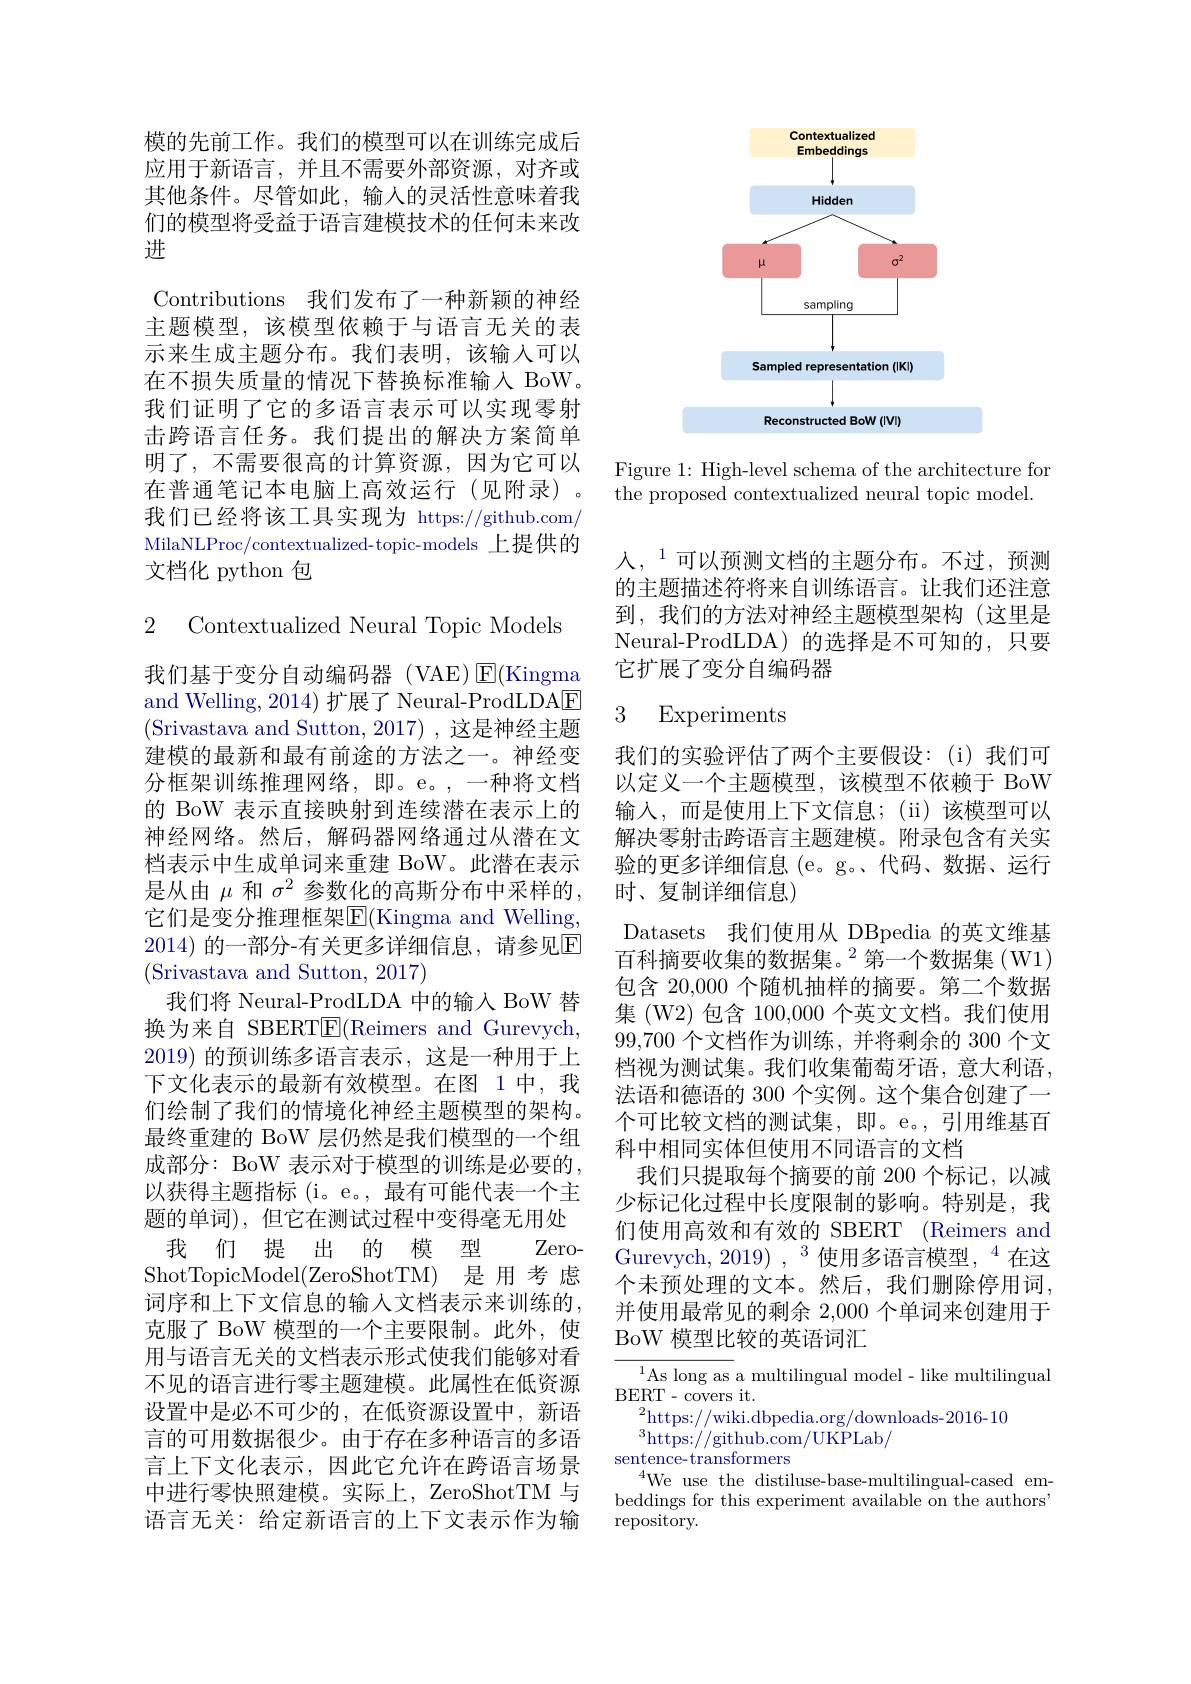
模的先前工作。我们的模型可以在训练完成后应用于新语言，并且不需要外部资源，对齐或其他条件。尽管如此，输入的灵活性意味着我们的模型将受益于语言建模技术的任何未来改进
Contributions 我们发布了一种新颖的神经主题模型，该模型依赖于与语言无关的表示来生成主题分布。我们表明，该输入可以在不损失质量的情况下替换标准输入 BoW。我们证明了它的多语言表示可以实现零射击跨语言任务。我们提出的解决方案简单明了，不需要很高的计算资源，因为它可以在普通笔记本电脑上高效运行(见附录)。我们已经将该工具实现为 https://github.com/ MilaNLProc/contextualized-topic-models 上提供的文档化 python 包

2 Contextualized Neural Topic Models

我们基于变分自动编码器(VAE)$\operatorname{E}($Kingma and Welling, 2014) 扩展了 Neural-ProdLDAE (Srivastava and Sutton, 2017) , 这是神经主题建模的最新和最有前途的方法之一。神经变分框架训练推理网络，即。e。,一种将文档的 BoW 表示直接映射到连续潜在表示上的神经网络。然后，解码器网络通过从潜在文档表示中生成单词来重建 BoW。此潜在表示是从由$\mu$和$\sigma^2$参数化的高斯分布中采样的， 它们是变分推理框架$\overline{\mathrm{E}}($Kingma and Welling, 2014) 的一部分-有关更多详细信息，请参见$\overline{\mathrm{E}}$ (Srivastava and Sutton, 2017)
我们将 Neural-ProdLDA 中的输入 BoW 替换为来自 SBERT$\underline{\mathrm{E}}($Reimers and Gurevych, 2019) 的预训练多语言表示，这是一种用于上下文化表示的最新有效模型。在图 1 中，我们绘制了我们的情境化神经主题模型的架构。最终重建的 BoW 层仍然是我们模型的一个组成部分：BoW 表示对于模型的训练是必要的， 以获得主题指标(i。e。,最有可能代表一个主题的单词),但它在测试过程中变得毫无用处我们提出的模型Zero-
ShotTopicModel(ZeroShotTM)是用考虑词序和上下文信息的输入文档表示来训练的， 克服了 BoW 模型的一个主要限制。此外，使用与语言无关的文档表示形式使我们能够对看不见的语言进行零主题建模。此属性在低资源设置中是必不可少的，在低资源设置中，新语言的可用数据很少。由于存在多种语言的多语言上下文化表示，因此它允许在跨语言场景中进行零快照建模。实际上，ZeroShotTM 与语言无关：给定新语言的上下文表示作为输

<FigureHere>

Figure 1: High-level schema of the architecture for the proposed contextualized neural topic model.

人，$^{1}$可以预测文档的主题分布。不过，预测的主题描述符将来自训练语言。让我们还注意到，我们的方法对神经主题模型架构(这里是Neural-ProdLDA)的选择是不可知的，只要它扩展了变分自编码器

### 3 Experiments

我们的实验评估了两个主要假设：(i)我们可以定义一个主题模型，该模型不依赖于 BoW 输入，而是使用上下文信息；(ii)该模型可以解决零射击跨语言主题建模。附录包含有关实验的更多详细信息 (e。g。代码、数据、运行时、复制详细信息)
Datasets 我们使用从 DBpedia 的英文维基百科摘要收集的数据集。$^2$第一个数据集(W1) 包含 20,000 个随机抽样的摘要。第二个数据集 (W2) 包含 100,000 个英文文档。我们使用99,700个文档作为训练，并将剩余的 300 个文档视为测试集。我们收集葡萄牙语，意大利语， 法语和德语的 300 个实例。这个集合创建了一个可比较文档的测试集，即。e。,引用维基百科中相同实体但使用不同语言的文档
我们只提取每个摘要的前 200 个标记，以减少标记化过程中长度限制的影响。特别是，我们使用高效和有效的 SBERT (Reimers and Gurevych, 2019), 3 使用多语言模型，$^{4}$在这个未预处理的文本。然后，我们删除停用词， 并使用最常见的剩余 2,000 个单词来创建用于BoW 模型比较的英语词汇

$^{1}$As long as a multilingual model - like multilingual
BERT- covers it.
$^2$https://wiki.dbpedia.org/downloads-2016-10
$^{3}$https://github.com/UKPLab/
sentence-transformers
$^{4}$We use the distiluse-base-multilingual-cased embeddings for this experiment available on the authors" $\operatorname{repository}.$